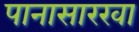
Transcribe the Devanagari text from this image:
पानासारखा